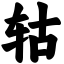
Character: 轱